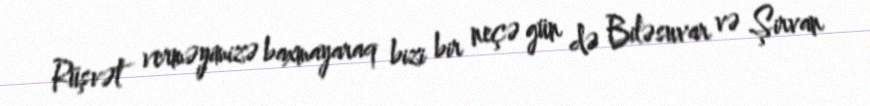
Rüşvət verməyimizə baxmayaraq bizi bir neçə gün də Biləsuvar və Şirvan